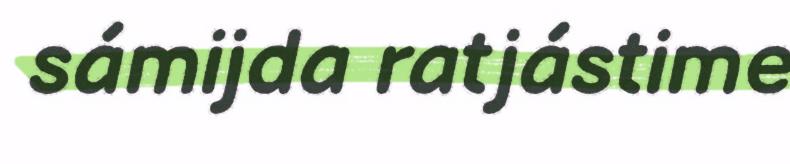
sámijda ratjástime